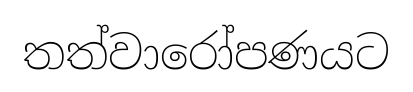
තත්වාරෝපණයට